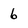
Character: 6